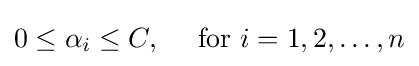
0\leq \alpha _{i}\leq C,\quad {\mbox{ for }}i=1,2,\ldots ,n